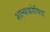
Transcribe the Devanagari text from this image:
शल्यकोविद